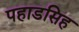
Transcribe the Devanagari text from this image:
पहाडसिह